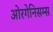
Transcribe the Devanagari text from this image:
ओरगेनिसम्स